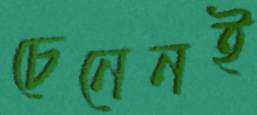
চেনেনই